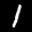
Label: 1